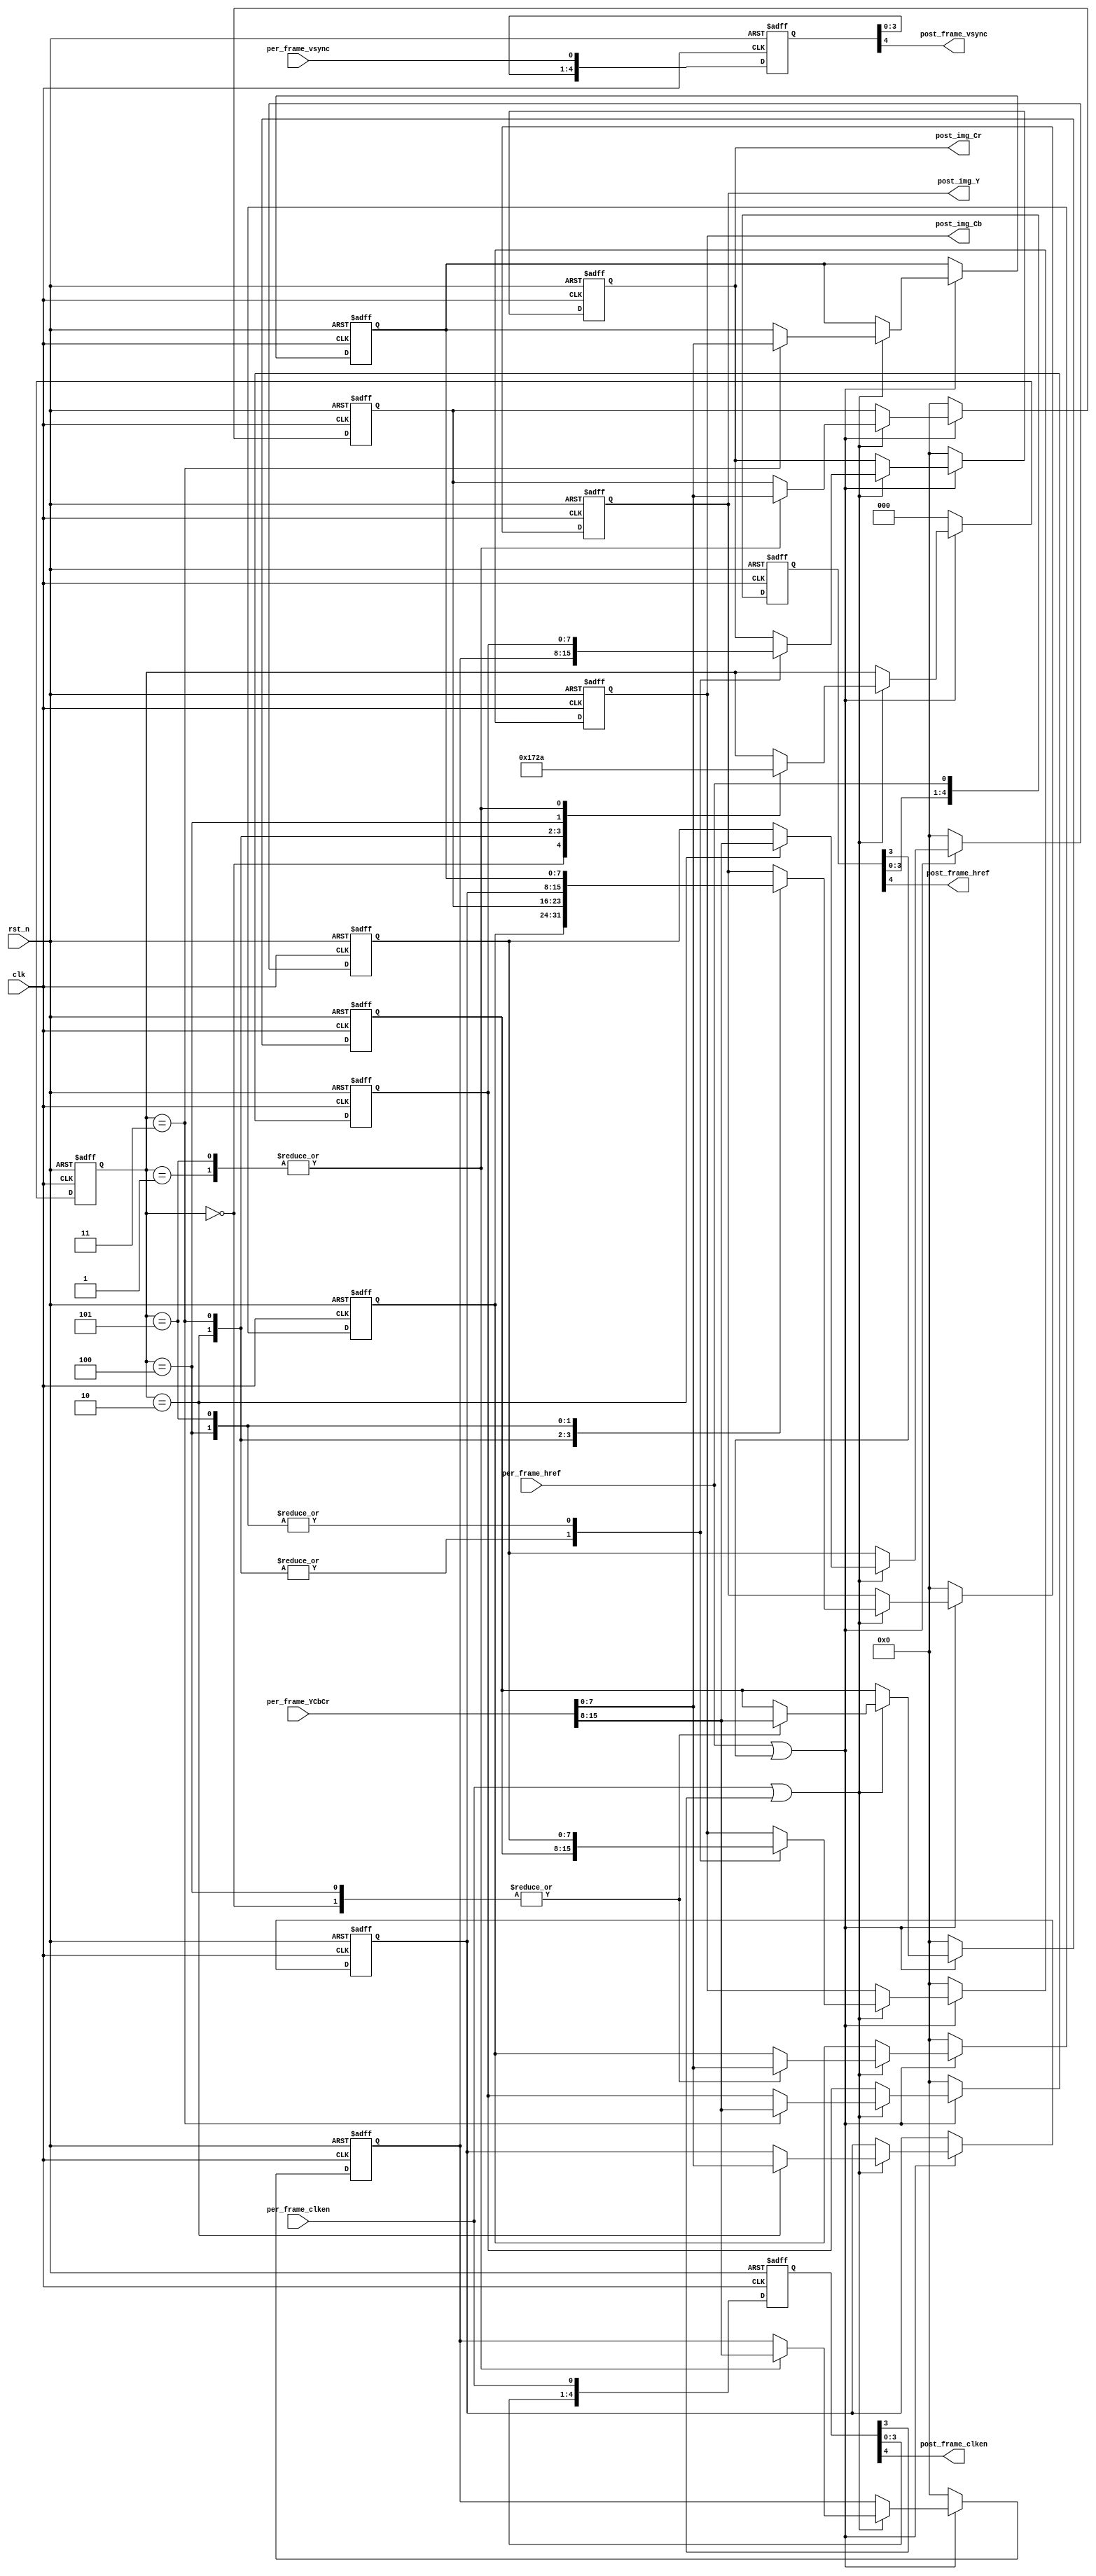
/*-----------------------------------------------------------------------
								 \\\|///
							   \\  - -  //
								(  @ @  )
+-----------------------------oOOo-(_)-oOOo-----------------------------+
CONFIDENTIAL IN CONFIDENCE
This confidential and proprietary software may be only used as authorized
by a licensing agreement from CrazyBingo (Thereturnofbingo).
In the event of publication, the following notice is applicable:
Copyright (C) 2013-20xx CrazyBingo Corporation
The entire notice above must be reproduced on all authorized copies.
Author				:		CrazyBingo
Technology blogs 	: 		http://blog.chinaaet.com/crazybingo
Email Address 		: 		thereturnofbingo@gmail.com
Filename			:		VIP_YCbCr422_YCbCr444.v
Data				:		2014-05-03
Description			:		The testbench of VIP_YCbCr422_YCbCr444.
Modification History	:
Data			By			Version			Change Description
=========================================================================
14/05/03		CrazyBingo	1.0				Original
-------------------------------------------------------------------------
|                                     Oooo								|
+-------------------------------oooO--(   )-----------------------------+
                               (   )   ) /
                                \ (   (_/
                                 \_)
-----------------------------------------------------------------------*/

`timescale 1ns/1ns
module VIP_YCbCr422_YCbCr444
(
	//global clock
	input				clk,  				//cmos video pixel clock
	input				rst_n,				//global reset

	//CMOS 16Bit YCbCr data input:	{CbYCrYCbYCrY}
	input				per_frame_vsync,	//Prepared Image data vsync valid signal
	input				per_frame_href,		//Prepared Image data href vaild  signal
	input				per_frame_clken,	//Prepared Image data output/capture enable clock	
	input		[15:0]	per_frame_YCbCr,	//Prepared Image data of YCbCr 4:2:2 {CbY} {CrY}
	
	//CMOS YCbCr444 data output
	output				post_frame_vsync,	//Processed Image data vsync valid signal
	output				post_frame_href,	//Processed Image data href vaild  signal
	output				post_frame_clken,	//Processed Image data output/capture enable clock	
	output	reg	[7:0]	post_img_Y,			//Processed Image data of YCbCr 4:4:4
	output	reg	[7:0]	post_img_Cb,		//Processed Image data of YCbCr 4:4:4
	output	reg	[7:0]	post_img_Cr			//Processed Image data of YCbCr 4:4:4
);

//------------------------------------------
//lag n pixel clocks	 
reg	[4:0]	post_frame_vsync_r;
reg	[4:0]	post_frame_href_r;
reg	[4:0]	post_frame_clken_r;
always@(posedge clk or negedge rst_n)
begin
	if(!rst_n)
		begin
		post_frame_vsync_r 	<= 	0;
		post_frame_href_r 	<= 	0;
		post_frame_clken_r 	<= 	0;
		end
	else
		begin
		post_frame_vsync_r 	<= 	{post_frame_vsync_r[3:0], per_frame_vsync};
		post_frame_href_r 	<= 	{post_frame_href_r[3:0], per_frame_href};
		post_frame_clken_r 	<= 	{post_frame_clken_r[3:0], per_frame_clken};
		end
end
assign	post_frame_vsync 	= 	post_frame_vsync_r[4];
assign	post_frame_href 	= 	post_frame_href_r[4];
assign	post_frame_clken 	= 	post_frame_clken_r[4];
wire	yuv_process_href	= 	per_frame_href || post_frame_href_r[3];
wire	yuv_process_clken	= 	per_frame_clken || post_frame_clken_r[3];



//-------------------------------------------
//convert YCbCr422 to YCbCr444
reg	[2:0]	yuv_state;
reg	[7:0]	mY0, mY1, mY2, mY3;
reg	[7:0]	mCb0, mCb1;
reg	[7:0]	mCr0, mCr1;
always@(posedge clk or negedge rst_n)
begin
	if(!rst_n)
		begin
		yuv_state <= 3'd0;
		{mY0, mCb0, mCr0} <= {8'h0, 8'h0, 8'h0};
		mY1 <= 8'h0;
		{mY2, mCb1, mCr1} <= {8'h0, 8'h0, 8'h0};
		mY3	<= 8'h0;
		{post_img_Y, post_img_Cb, post_img_Cr} <= {8'h0, 8'h0, 8'h0};
		end
	else if(yuv_process_href)	//lag 2 data enable clock and need 2 more clocks
		begin
		if(yuv_process_clken)	//lag 2 data enable clock and need 2 more clocks
			case(yuv_state)		//{Cb,Y},{Cr,Y}---YCbCr
			3'd0:	begin	//reg p0
					yuv_state <= 3'd1;	
					{mCb0, mY0} <= per_frame_YCbCr;	
					end		
			3'd1:	begin	//reg p1
					yuv_state <= 3'd2;	
					{mCr0, mY1} <= per_frame_YCbCr;	
					end		
			
			3'd2:	begin	//p0;	reg p2
					yuv_state <= 3'd3;	
					{mCb1, mY2} <= per_frame_YCbCr;	
					{post_img_Y, post_img_Cb, post_img_Cr} <= {mY0, mCb0, mCr0};	
					end	
			3'd3:	begin	//p1;	reg p3
					yuv_state <= 3'd4;	
					{mCr1, mY3} <= per_frame_YCbCr;	
					{post_img_Y, post_img_Cb, post_img_Cr} <= {mY1, mCb0, mCr0};
					end	
			3'd4:	begin	//p2;	reg	p0
					yuv_state <= 3'd5;	
					{mCb0, mY0} <= per_frame_YCbCr;	
					{post_img_Y, post_img_Cb, post_img_Cr} <= {mY2, mCb1, mCr1};	
					end		//p3;	reg p1
			3'd5:	begin	
					yuv_state <= 3'd2;	
					{mCr0, mY1} <= per_frame_YCbCr;	
					{post_img_Y, post_img_Cb, post_img_Cr} <= {mY3, mCb1, mCr1};	
					end	
			endcase
		else
			begin
			yuv_state <= yuv_state;
			{mY0, mCb0, mCr0} <= {mY0, mCb0, mCr0};
			mY1 <= mY1;
			{mY2, mCb1, mCr1} <= {mY2, mCb1, mCr1};
			mY3	<= mY3;
			{post_img_Y, post_img_Cb, post_img_Cr} <= {post_img_Y, post_img_Cb, post_img_Cr};
			end
		end
	else
		begin
		yuv_state <= 3'd0;
		{mY0, mCb0, mCr0} <= {8'h0, 8'h0, 8'h0};
		{mY1, mCb1, mCr1} <= {8'h0, 8'h0, 8'h0};
		{post_img_Y, post_img_Cb, post_img_Cr} <= {8'h0, 8'h0, 8'h0};
		end
end



endmodule